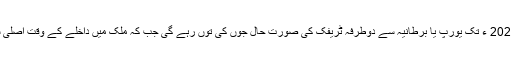
سیاحتی لحاظ سے 2021 ء تک یورپ یا برطانیہ سے دوطرفہ ٹریفک کی صورت حال جوں کی توں رہے گی جب کہ ملک میں داخلے کے وقت اصلی شناخت درکار ہوگی۔